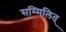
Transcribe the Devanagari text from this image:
सम्मिलित्